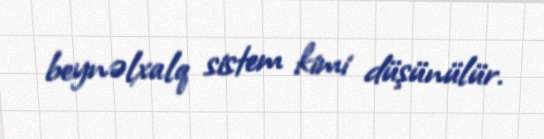
beynəlxalq sistem kimi düşünülür.